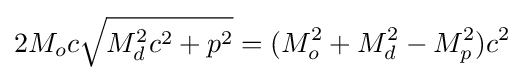
2M_{o}c{\sqrt {M_{d}^{2}c^{2}+p^{2}}}=(M_{o}^{2}+M_{d}^{2}-M_{p}^{2})c^{2}